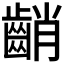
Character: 𪘞